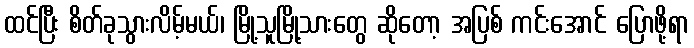
ထင်ပြီး စိတ်ခုသွားလိမ့်မယ်၊ မြို့သူမြို့သားတွေ ဆိုတော့ အပြစ် ကင်းအောင် ပြောဖို့ရာ